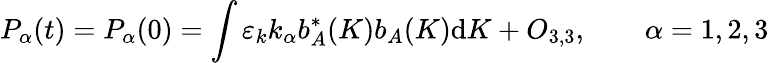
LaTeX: P_{\alpha}(t)=P_{\alpha}(0)=\int\varepsilon_{k}k_{\alpha}b_{A}^{\ast}(K)b_{A}(K)\mathrm{d}K+O_{3,3},\qquad\alpha=1,2,3